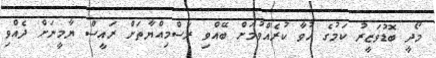
މޯދީ ބޮޑުވަޒީރު ކަމުގެ ހުވާ ކުރެއްވުމަށް ބޭއްވި ރަސްމިއްޔާތަށް ރައީސް ޔާމީނަށް ދެއްވި